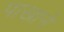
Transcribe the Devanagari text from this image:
पाखाने